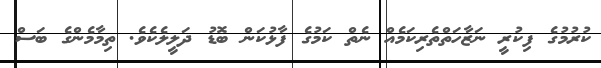
ކުރުމުގެ ފިކުރީ ނަޒާހަތްތެރިކަމެއް ނެތް ކަމުގެ ފާޅުކަން ބޮޑު ދަލީލެކެވެ. ތިމާމެންގެ ބަސް